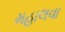
મહાલવા